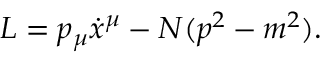
L = p _ { \mu } \dot { x } ^ { \mu } - N ( p ^ { 2 } - m ^ { 2 } ) .